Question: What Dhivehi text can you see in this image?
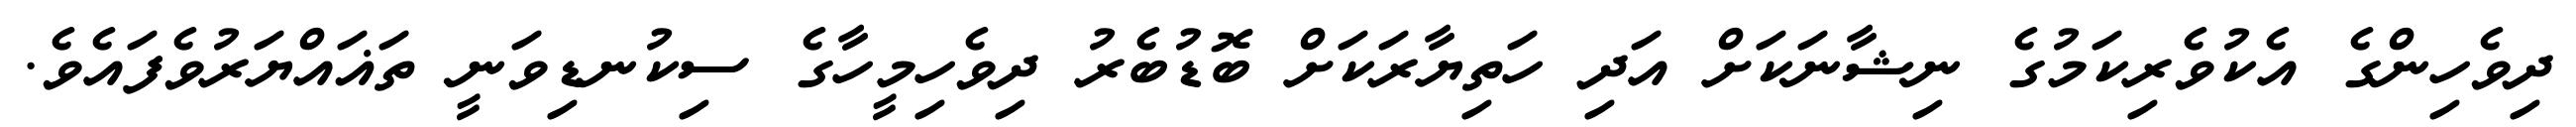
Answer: ދިވެހިންގެ އެކުވެރިކަމުގެ ނިޝާނަކަށް އަދި ހަތިޔާރަކަށް ބޮޑުބެރު ދިވެހިމީހާގެ ސިކުނޑިވަނީ ތަޣައްޔަރުވެފައެވެ.